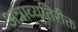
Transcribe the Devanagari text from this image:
अन्नाव्यतिरीक्त